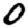
Digit: 0